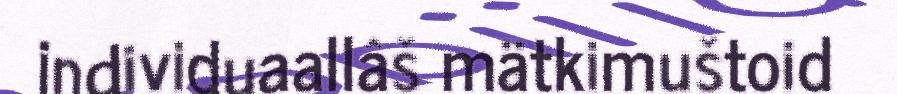
individuaallâš mätkimuštoid